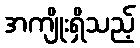
အကျိုးရှိသည့်